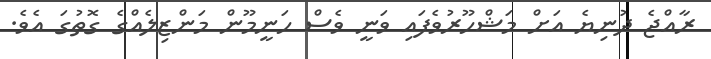
ރާއްޖެ ދުނިޔެ އަށް މަޝްހޫރުވެފައި ވަނީ ވެސް ހަނީމޫން މަންޒިލެއްގެ ގޮތުގަ އެވެ.